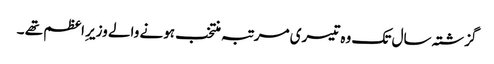
گزشتہ سال تک وہ تیسری مرتبہ منتخب ہونے والے وزیر ِاعظم تھے ۔